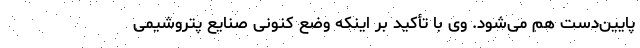
پایین‌دست هم می‌شود. وی با تأکید بر اینکه وضع کنونی صنایع پتروشیمی